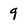
Character: 9